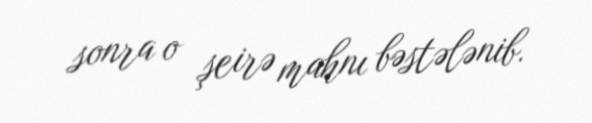
sonra o şeirə mahnı bəstələnib.